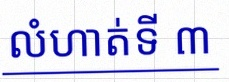
លំហាត់ទី ៣